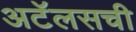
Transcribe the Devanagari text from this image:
अटॅलसची